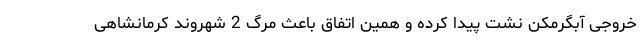
خروجی آبگرمکن نشت پیدا کرده و همین اتفاق باعث مرگ 2 شهروند کرمانشاهی